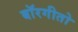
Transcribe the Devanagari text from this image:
बॉरगीतो